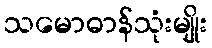
သမောဓာန်သုံးမျိုး